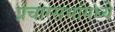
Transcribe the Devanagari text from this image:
प्रचारसभांमध्ये